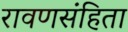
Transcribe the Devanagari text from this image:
रावणसंहिता